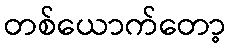
တစ်ယောက်တော့